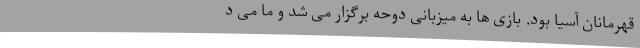
قهرمانان آسیا بود. بازی ها به میزبانی دوحه برگزار می شد و ما می د